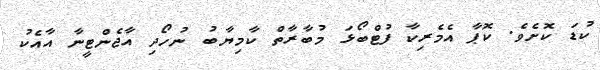
ކުޑަ ކޮށެވެ. ކޮޕާ އެމެރިކާ ފުޓްބޯޅަ މުބާރާތް ކާމިޔާބު ނުހޯދި އާޖެންޓީނާ އާއެކު